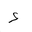
Letter: _hamza